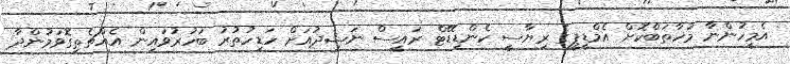
އެމީހުންނާ މުޚާތަބްކޮށް އެމްޑީޕީގެ ރިޔާސީ ކެންޑިޑޭޓް ރައީސް ނަޝީދުއަށް ހަޑިހުތުރު ބަހުރުވައިން އެއްޗެތިގޮވަމުންދާ